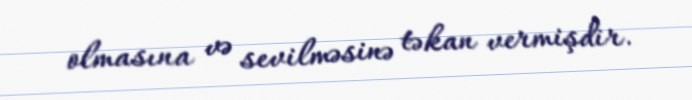
olmasına və sevilməsinə təkan vermişdir.